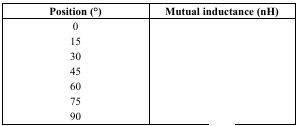
<table><thead><tr><td><b>Position (°)</b></td><td><b>Mutual inductance (nH)</b></td></tr></thead><tbody><tr><td>0</td><td>[EMPTY_CELL]</td></tr><tr><td>15</td><td>[EMPTY_CELL]</td></tr><tr><td>30</td><td>[EMPTY_CELL]</td></tr><tr><td>45</td><td>[EMPTY_CELL]</td></tr><tr><td>60</td><td>[EMPTY_CELL]</td></tr><tr><td>75</td><td>[EMPTY_CELL]</td></tr><tr><td>90</td><td>[EMPTY_CELL]</td></tr></tbody></table>